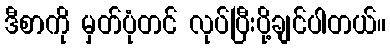
ဒီစာကို မှတ်ပုံတင် လုပ်ပြီးပို့ချင်ပါတယ်။